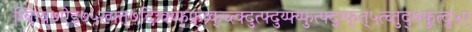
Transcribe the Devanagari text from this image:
ग्यिग्य्र्७ऐइ७५ख्फ्त्७दित्र्क्य्फ्फ्र्य्र्क्च्त्क्दुत्फ्दुय्फ्य्फुत्फ्द्ग्फ्त्५त्च्तुद्७फुत्दु५ए